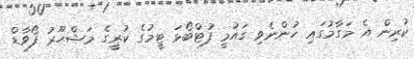
ކުރިން އެ މަގާމުގައި ހުންނެވި ގައުމީ ފުޓްބޯޅަ ޓީމުގެ ކުރީގެ މަޝްހޫރު ފޯވާޑް